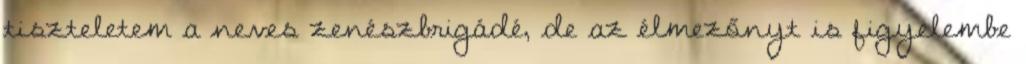
tiszteletem a neves zenészbrigádé, de az élmezőnyt is figyelembe